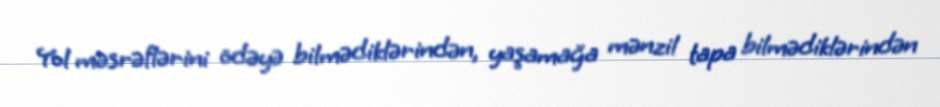
Yol məsrəflərini ödəyə bilmədiklərindən, yaşamağa mənzil tapa bilmədiklərindən